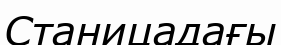
Станицадағы